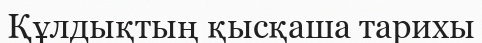
Құлдықтың қысқаша тарихы